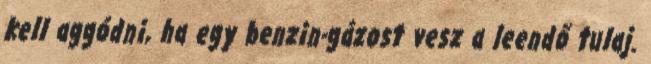
kell aggódni, ha egy benzin-gázost vesz a leendő tulaj.